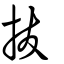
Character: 拔